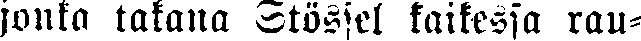
jonka takana Stössel kaikessa rau-